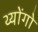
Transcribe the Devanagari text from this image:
थ्योंगो